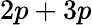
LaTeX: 2p+3p